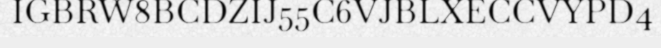
IGBRW8BCDZIJ55C6VJBLXECCVYPD4